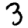
Digit: 3